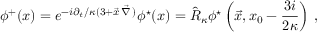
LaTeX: \phi ^ { + } ( x ) = e ^ { - { i \partial _ { t } / \kappa } ( 3 + \vec { x } \, \vec { \nabla } \, ) } \phi ^ { \star } ( x ) = \hat { R } _ { \kappa } \phi ^ { \star } \left( \vec { x } , x _ { 0 } - { \frac { 3 i } { 2 \kappa } } \right) \, ,